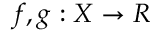
f , g : X \to R